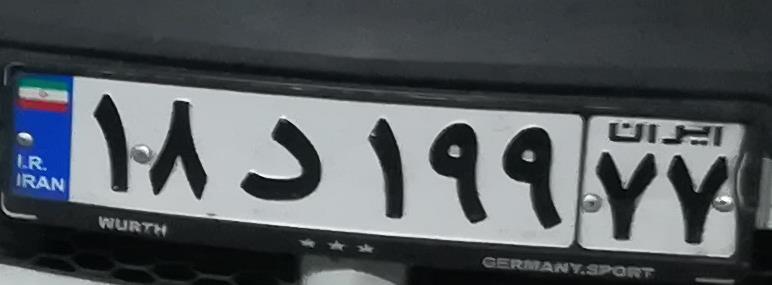
۱۸د۱۹۹۷۷